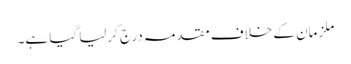
ملزمان کے خلاف مقدمہ درج کرلیا گیا ہے۔